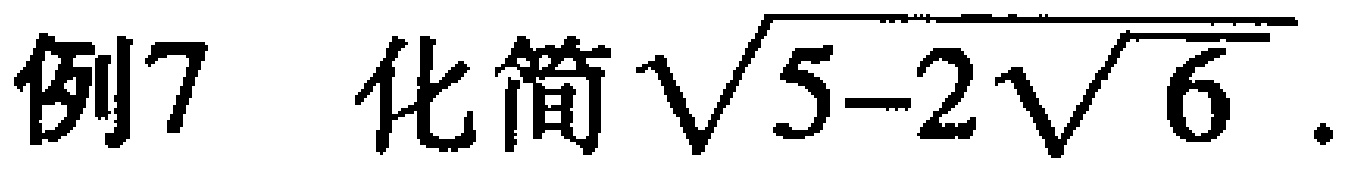
例7  化简$\sqrt{5 - 2\sqrt{6}}$ .